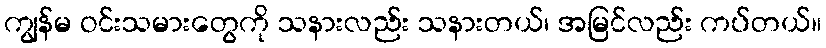
ကျွန်မ ဝင်းသမားတွေကို သနားလည်း သနားတယ်၊ အမြင်လည်း ကပ်တယ်။